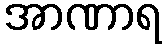
အာဏာရ